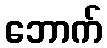
ဘောက်